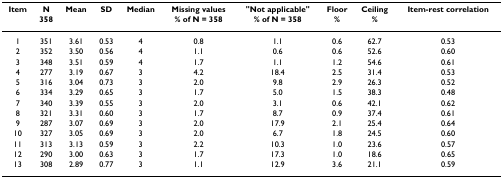
| Item | N | Mean | SD | Median | Missing values | "Not applicable" | Floor | Ceiling | Item-rest correlation |
 |  | 358 |  |  |  | % of N = 358 | % of N = 358 | % | % |  |
 | --- | --- | --- | --- | --- | --- | --- | --- | --- | --- |
 | 1 | 351 | 3.61 | 0.53 | 4 | 0.8 | 1.1 | 0.6 | 62.7 | 0.53 |
 | 2 | 352 | 3.50 | 0.56 | 4 | 1.1 | 0.6 | 0.6 | 52.6 | 0.60 |
 | 3 | 348 | 3.51 | 0.59 | 4 | 1.7 | 1.1 | 1.2 | 54.6 | 0.61 |
 | 4 | 277 | 3.19 | 0.67 | 3 | 4.2 | 18.4 | 2.5 | 31.4 | 0.53 |
 | 5 | 316 | 3.04 | 0.73 | 3 | 2.0 | 9.8 | 2.9 | 26.3 | 0.52 |
 | 6 | 334 | 3.29 | 0.65 | 3 | 1.7 | 5.0 | 1.5 | 38.3 | 0.48 |
 | 7 | 340 | 3.39 | 0.55 | 3 | 2.0 | 3.1 | 0.6 | 42.1 | 0.62 |
 | 8 | 321 | 3.31 | 0.60 | 3 | 1.7 | 8.7 | 0.9 | 37.4 | 0.61 |
 | 9 | 287 | 3.07 | 0.69 | 3 | 2.0 | 17.9 | 2.1 | 25.4 | 0.64 |
 | 10 | 327 | 3.05 | 0.69 | 3 | 2.0 | 6.7 | 1.8 | 24.5 | 0.60 |
 | 11 | 313 | 3.13 | 0.59 | 3 | 2.2 | 10.3 | 1.0 | 23.6 | 0.57 |
 | 12 | 290 | 3.00 | 0.63 | 3 | 1.7 | 17.3 | 1.0 | 18.6 | 0.65 |
 | 13 | 308 | 2.89 | 0.77 | 3 | 1.1 | 12.9 | 3.6 | 21.1 | 0.59 |